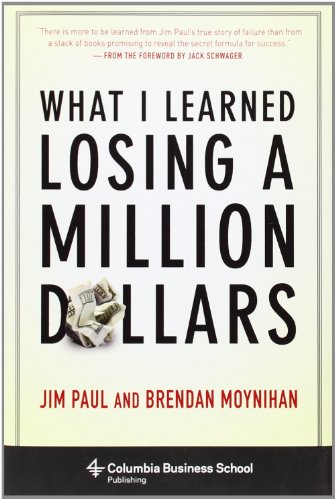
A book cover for What I Learned Losing a Million Dollars (Columbia Business School Publishing); Jim Paul; Business & Money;